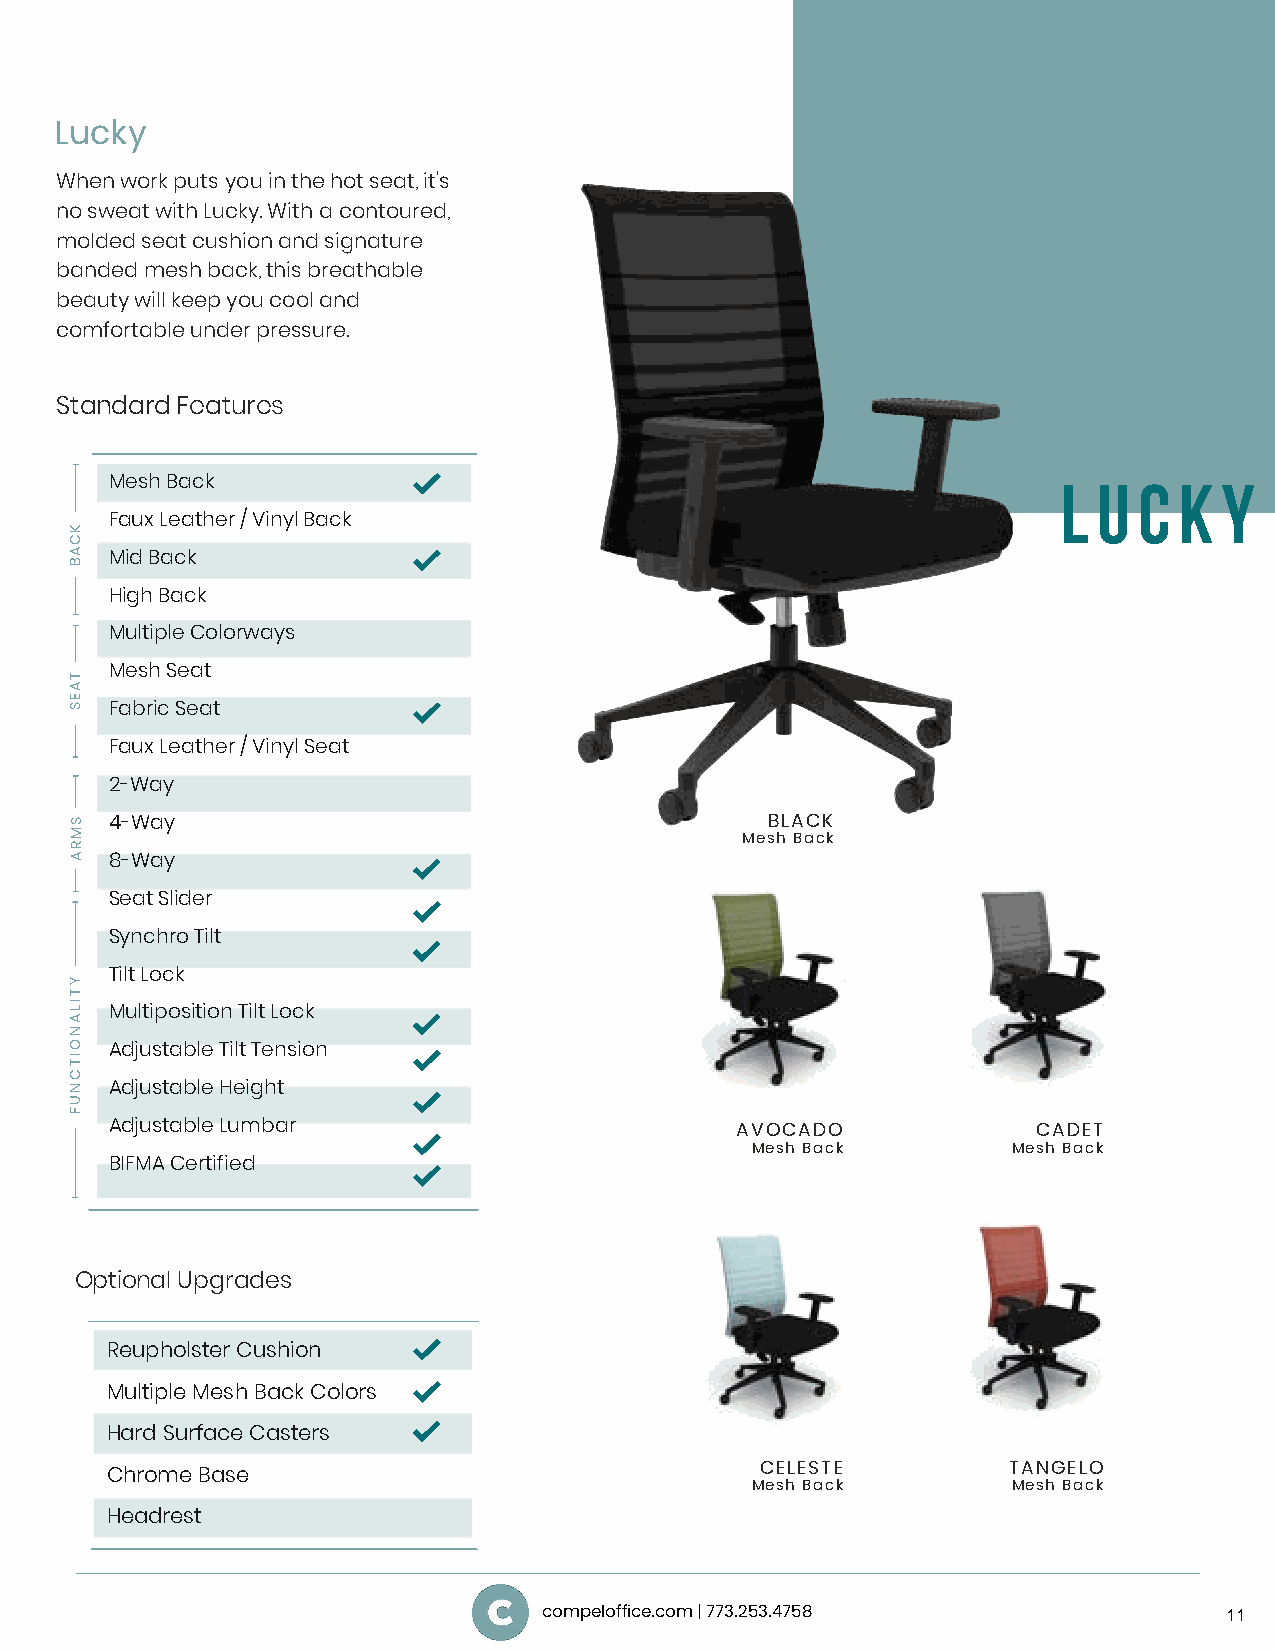
Lucky
 When work puts you in the hot seat, it's
 no sweat with Lucky. With a contoured,
 molded seat cushion and signature
 banded mesh back, this breathable
 beauty will keep you cool and
 comfortable under pressure.
 Standard Features
 Mesh Back                                                      L  U C  K  Y
 Faux Leather / Vinyl Back
 Mid Back
 High Back
 Multiple Colorways
 Mesh Seat
 Fabric Seat
 Faux Leather / Vinyl Seat
 2-Way
 4-Way                                       BLACK
 Mesh Back
 8-Way
 Seat Slider
 Synchro Tilt
 Tilt Lock
 Multiposition Tilt Lock
 Adjustable Tilt Tension
 Adjustable Height
 Adjustable Lumbar                         AVOCADO             CADET
 Mesh Back        Mesh Back
 BIFMA Certified
 Optional Upgrades
 Reupholster Cushion
 Multiple Mesh Back Colors
 Hard Surface Casters
 CELESTE          TANGELO
 Chrome Base
 Mesh Back        Mesh Back
 Headrest
 compeloffice.com | 773.253.4758              11
 KCAB
 TAES
 SMRA
 YTILANOITCNUF